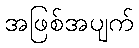
အဖြစ်အပျက်